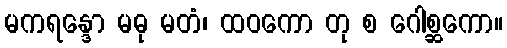
မကရန္ဒော မဓု မတံ၊ ထဝကော တု စ ဂေါစ္ဆကော။